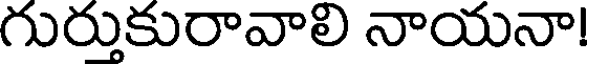
గురుకురావాలి నాయనా!